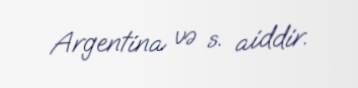
Argentina və s. aiddir.